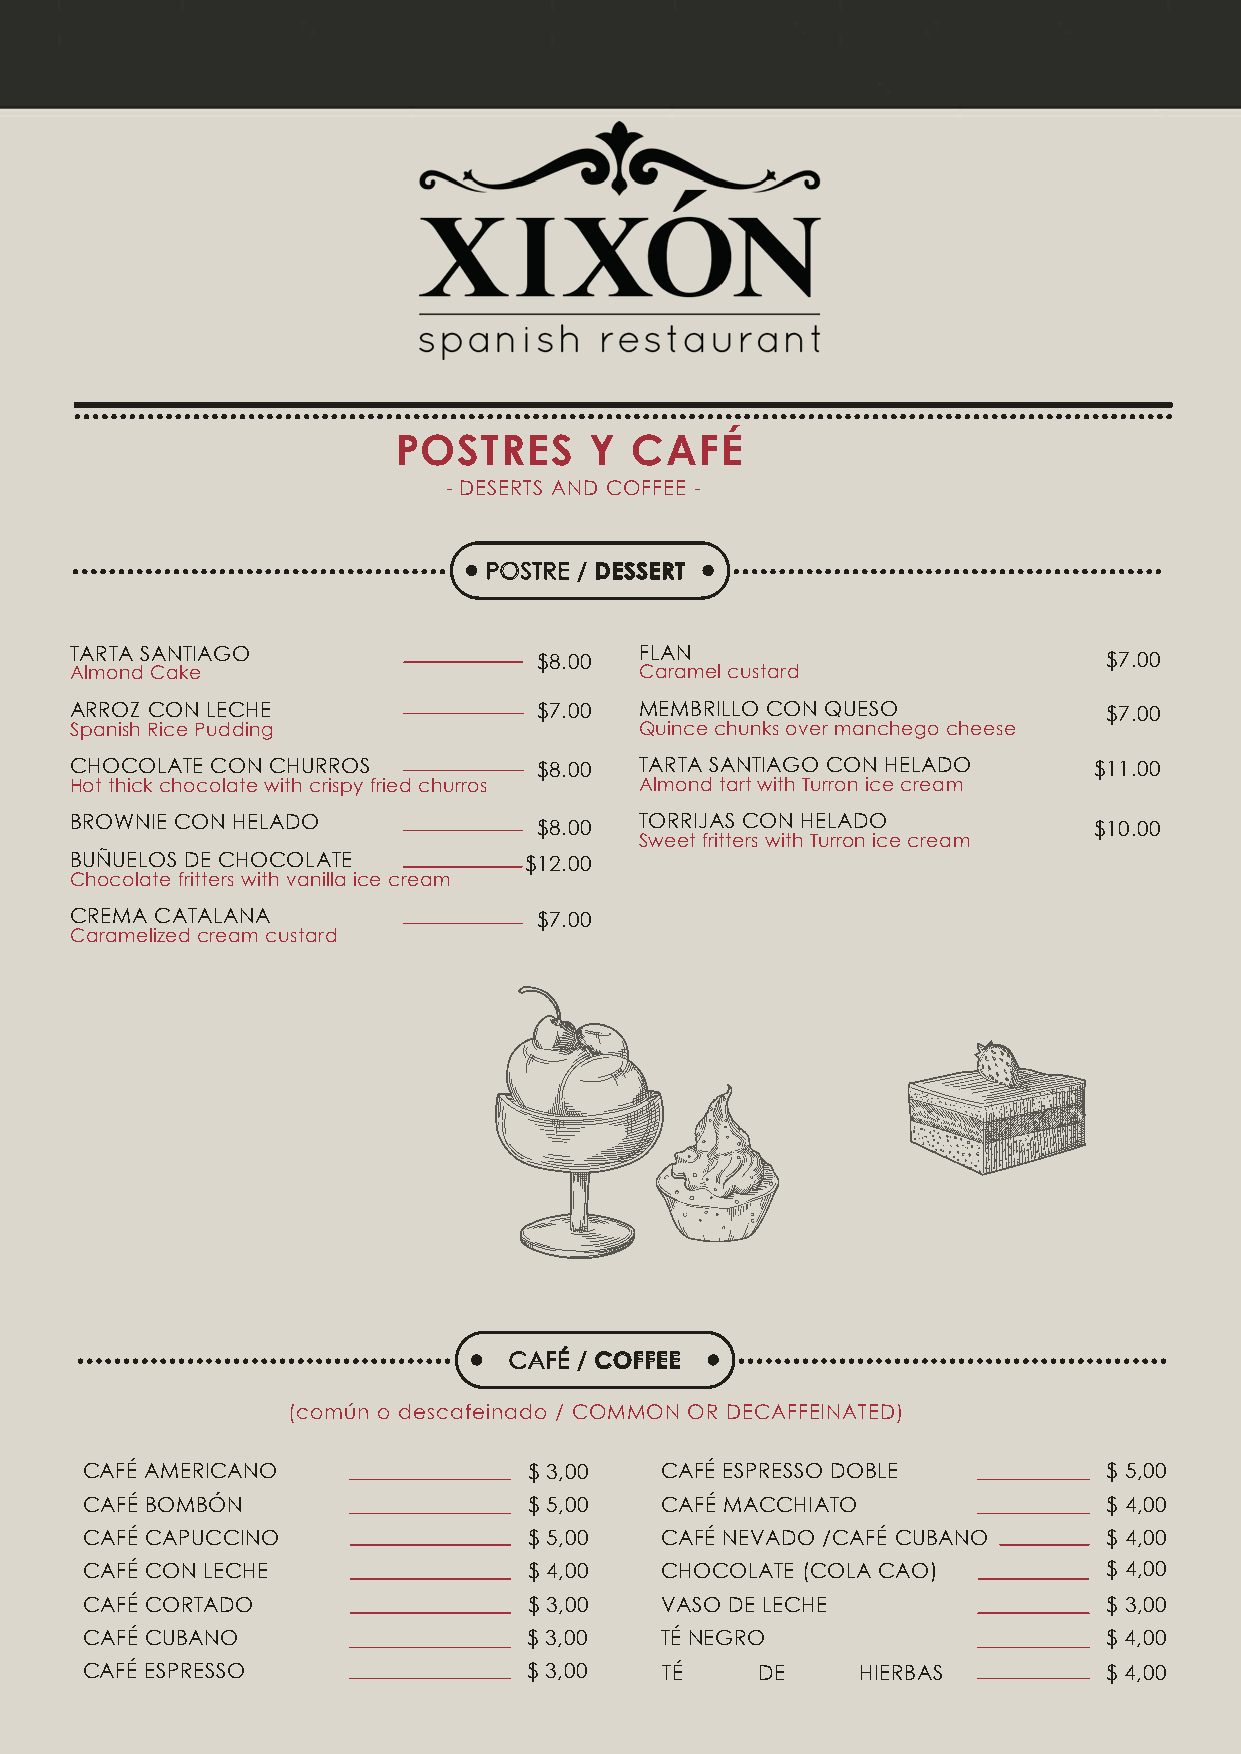
POSTRES      Y  CAFÉ
 - DESERTS AND COFFEE -
 POSTRE / DESSERT
 TARTA SANTIAGO                       FLAN
 $8.00                                $7.00
 Almond Cake                          Caramel custard
 ARROZ CON LECHE                $7.00 MEMBRILLO CON QUESO            $7.00
 Spanish Rice Pudding                 Quince chunks over manchego cheese
 CHOCOLATE CON CHURROS          $8.00 TARTA SANTIAGO CON HELADO     $11.00
 Hot thick chocolate with crispy fried churros Almond tart with Turron ice cream
 BROWNIE CON HELADO             $8.00 TORRIJAS CON HELADO           $10.00
 Sweet fritters with Turron ice cream
 BUÑUELOS DE CHOCOLATE         $12.00
 Chocolate fritters with vanilla ice cream
 CREMA CATALANA                 $7.00
 Caramelized cream custard
 CAFÉ / COFFEE
 (común o descafeinado / COMMON OR DECAFFEINATED)
 CAFÉ AMERICANO                $ 3,00   CAFÉ ESPRESSO DOBLE          $ 5,00
 CAFÉ BOMBÓN                   $ 5,00   CAFÉ MACCHIATO               $ 4,00
 CAFÉ CAPUCCINO                $ 5,00   CAFÉ NEVADO /CAFÉ CUBANO     $ 4,00
 CAFÉ CON LECHE                $ 4,00   CHOCOLATE (COLA CAO)         $ 4,00
 CAFÉ CORTADO                  $ 3,00   VASO DE LECHE                $ 3,00
 CAFÉ CUBANO                   $ 3,00   TÉ NEGRO                     $ 4,00
 CAFÉ ESPRESSO                 $ 3,00   TÉ    DE     HIE RBAS        $ 4,00